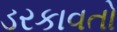
ડરકાવતો